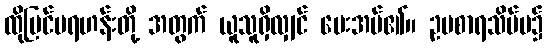
ထိုပြင်ပရဟန်းတို့ အတွက် ယူသူရှိလျှင် ပေးအပ်၏။ ဥပစာရသိမ်ပ၌